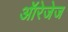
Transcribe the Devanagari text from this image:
ऑरेजेज